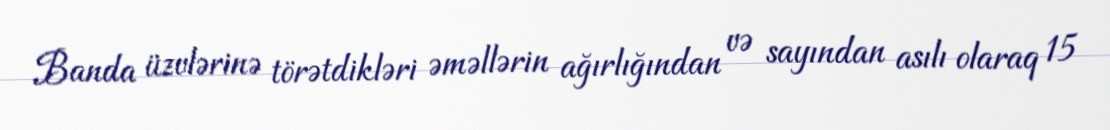
Banda üzvlərinə törətdikləri əməllərin ağırlığından və sayından asılı olaraq 15